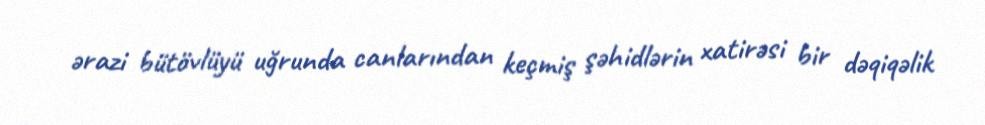
ərazi bütövlüyü uğrunda canlarından keçmiş şəhidlərin xatirəsi bir dəqiqəlik